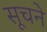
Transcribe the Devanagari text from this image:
सूचने